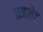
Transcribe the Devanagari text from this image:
छजलेट